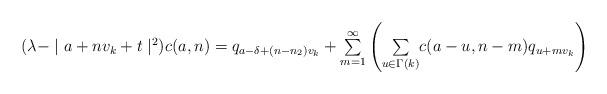
LaTeX: \begin{align*}(\lambda-\mid a+nv_{k}+t\mid^{2})c(a,n)=q_{a-\delta+\left( n-n_{2}\right)v_{k}}+{\textstyle\sum\limits_{m=1}^{\infty}}\left({\textstyle\sum\limits_{u\in\Gamma(k)}}c(a-u,n-m)q_{u+mv_{k}}\right)\end{align*}